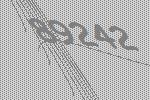
89242